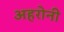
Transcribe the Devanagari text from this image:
अहरोनी